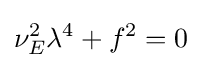
\nu _{E}^{2}\lambda ^{4}+f^{2}=0